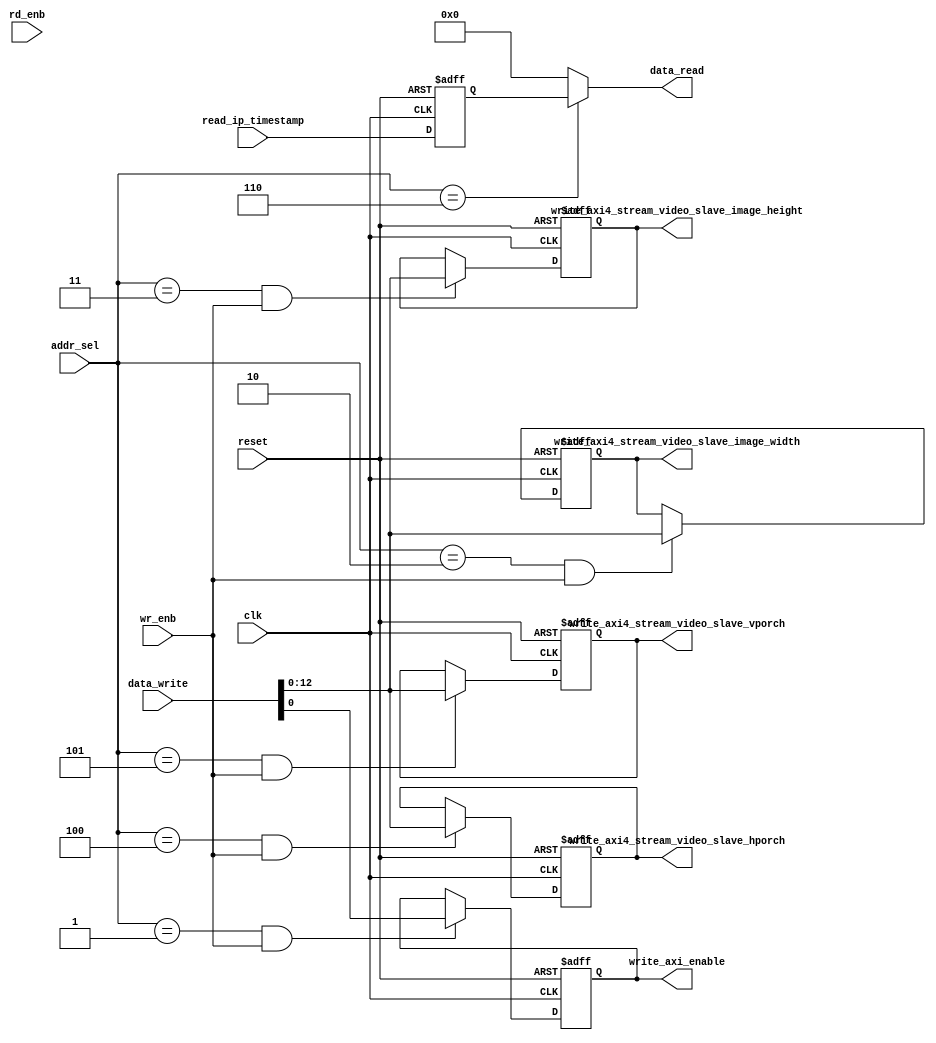
// -------------------------------------------------------------
// 
// 
// Generated by MATLAB 9.6 and HDL Coder 3.14
// 
// -------------------------------------------------------------


// -------------------------------------------------------------
// 
// Module: BirdEyeViewImproved_ip_addr_decoder
// Source Path: BirdEyeViewImproved_ip/BirdEyeViewImproved_ip_axi_lite/BirdEyeViewImproved_ip_addr_decoder
// Hierarchy Level: 2
// 
// -------------------------------------------------------------

`timescale 1 ns / 1 ns

module BirdEyeViewImproved_ip_addr_decoder
          (clk,
           reset,
           data_write,
           addr_sel,
           wr_enb,
           rd_enb,
           read_ip_timestamp,
           data_read,
           write_axi_enable,
           write_axi4_stream_video_slave_image_width,
           write_axi4_stream_video_slave_image_height,
           write_axi4_stream_video_slave_hporch,
           write_axi4_stream_video_slave_vporch);


  input   clk;
  input   reset;
  input   [31:0] data_write;  // ufix32
  input   [13:0] addr_sel;  // ufix14
  input   wr_enb;  // ufix1
  input   rd_enb;  // ufix1
  input   [31:0] read_ip_timestamp;  // ufix32
  output  [31:0] data_read;  // ufix32
  output  write_axi_enable;  // ufix1
  output  [12:0] write_axi4_stream_video_slave_image_width;  // ufix13
  output  [12:0] write_axi4_stream_video_slave_image_height;  // ufix13
  output  [12:0] write_axi4_stream_video_slave_hporch;  // ufix13
  output  [12:0] write_axi4_stream_video_slave_vporch;  // ufix13


  wire enb;
  wire decode_sel_ip_timestamp;  // ufix1
  wire const_1;  // ufix1
  wire [31:0] const_0;  // ufix32
  reg [31:0] read_reg_ip_timestamp;  // ufix32
  wire [31:0] decode_rd_ip_timestamp;  // ufix32
  wire decode_sel_axi_enable;  // ufix1
  wire reg_enb_axi_enable;  // ufix1
  wire data_in_axi_enable;  // ufix1
  reg  write_reg_axi_enable;  // ufix1
  wire decode_sel_axi4_stream_video_slave_image_width;  // ufix1
  wire reg_enb_axi4_stream_video_slave_image_width;  // ufix1
  wire [12:0] data_in_axi4_stream_video_slave_image_width;  // ufix13
  reg [12:0] write_reg_axi4_stream_video_slave_image_width;  // ufix13
  wire decode_sel_axi4_stream_video_slave_image_height;  // ufix1
  wire reg_enb_axi4_stream_video_slave_image_height;  // ufix1
  wire [12:0] data_in_axi4_stream_video_slave_image_height;  // ufix13
  reg [12:0] write_reg_axi4_stream_video_slave_image_height;  // ufix13
  wire decode_sel_axi4_stream_video_slave_hporch;  // ufix1
  wire reg_enb_axi4_stream_video_slave_hporch;  // ufix1
  wire [12:0] data_in_axi4_stream_video_slave_hporch;  // ufix13
  reg [12:0] write_reg_axi4_stream_video_slave_hporch;  // ufix13
  wire decode_sel_axi4_stream_video_slave_vporch;  // ufix1
  wire reg_enb_axi4_stream_video_slave_vporch;  // ufix1
  wire [12:0] data_in_axi4_stream_video_slave_vporch;  // ufix13
  reg [12:0] write_reg_axi4_stream_video_slave_vporch;  // ufix13


  assign decode_sel_ip_timestamp = addr_sel == 14'b00000000000110;



  assign const_1 = 1'b1;



  assign enb = const_1;

  assign const_0 = 32'b00000000000000000000000000000000;



  always @(posedge clk or posedge reset)
    begin : reg_ip_timestamp_process
      if (reset == 1'b1) begin
        read_reg_ip_timestamp <= 32'b00000000000000000000000000000000;
      end
      else begin
        if (enb) begin
          read_reg_ip_timestamp <= read_ip_timestamp;
        end
      end
    end



  assign decode_rd_ip_timestamp = (decode_sel_ip_timestamp == 1'b0 ? const_0 :
              read_reg_ip_timestamp);



  assign data_read = decode_rd_ip_timestamp;

  assign decode_sel_axi_enable = addr_sel == 14'b00000000000001;



  assign reg_enb_axi_enable = decode_sel_axi_enable & wr_enb;



  assign data_in_axi_enable = data_write[0];



  always @(posedge clk or posedge reset)
    begin : reg_axi_enable_process
      if (reset == 1'b1) begin
        write_reg_axi_enable <= 1'b1;
      end
      else begin
        if (enb && reg_enb_axi_enable) begin
          write_reg_axi_enable <= data_in_axi_enable;
        end
      end
    end



  assign write_axi_enable = write_reg_axi_enable;

  assign decode_sel_axi4_stream_video_slave_image_width = addr_sel == 14'b00000000000010;



  assign reg_enb_axi4_stream_video_slave_image_width = decode_sel_axi4_stream_video_slave_image_width & wr_enb;



  assign data_in_axi4_stream_video_slave_image_width = data_write[12:0];



  always @(posedge clk or posedge reset)
    begin : reg_axi4_stream_video_slave_image_width_process
      if (reset == 1'b1) begin
        write_reg_axi4_stream_video_slave_image_width <= 13'b0011110000000;
      end
      else begin
        if (enb && reg_enb_axi4_stream_video_slave_image_width) begin
          write_reg_axi4_stream_video_slave_image_width <= data_in_axi4_stream_video_slave_image_width;
        end
      end
    end



  assign write_axi4_stream_video_slave_image_width = write_reg_axi4_stream_video_slave_image_width;

  assign decode_sel_axi4_stream_video_slave_image_height = addr_sel == 14'b00000000000011;



  assign reg_enb_axi4_stream_video_slave_image_height = decode_sel_axi4_stream_video_slave_image_height & wr_enb;



  assign data_in_axi4_stream_video_slave_image_height = data_write[12:0];



  always @(posedge clk or posedge reset)
    begin : reg_axi4_stream_video_slave_image_height_process
      if (reset == 1'b1) begin
        write_reg_axi4_stream_video_slave_image_height <= 13'b0010000111000;
      end
      else begin
        if (enb && reg_enb_axi4_stream_video_slave_image_height) begin
          write_reg_axi4_stream_video_slave_image_height <= data_in_axi4_stream_video_slave_image_height;
        end
      end
    end



  assign write_axi4_stream_video_slave_image_height = write_reg_axi4_stream_video_slave_image_height;

  assign decode_sel_axi4_stream_video_slave_hporch = addr_sel == 14'b00000000000100;



  assign reg_enb_axi4_stream_video_slave_hporch = decode_sel_axi4_stream_video_slave_hporch & wr_enb;



  assign data_in_axi4_stream_video_slave_hporch = data_write[12:0];



  always @(posedge clk or posedge reset)
    begin : reg_axi4_stream_video_slave_hporch_process
      if (reset == 1'b1) begin
        write_reg_axi4_stream_video_slave_hporch <= 13'b0000100011000;
      end
      else begin
        if (enb && reg_enb_axi4_stream_video_slave_hporch) begin
          write_reg_axi4_stream_video_slave_hporch <= data_in_axi4_stream_video_slave_hporch;
        end
      end
    end



  assign write_axi4_stream_video_slave_hporch = write_reg_axi4_stream_video_slave_hporch;

  assign decode_sel_axi4_stream_video_slave_vporch = addr_sel == 14'b00000000000101;



  assign reg_enb_axi4_stream_video_slave_vporch = decode_sel_axi4_stream_video_slave_vporch & wr_enb;



  assign data_in_axi4_stream_video_slave_vporch = data_write[12:0];



  always @(posedge clk or posedge reset)
    begin : reg_axi4_stream_video_slave_vporch_process
      if (reset == 1'b1) begin
        write_reg_axi4_stream_video_slave_vporch <= 13'b0000000101101;
      end
      else begin
        if (enb && reg_enb_axi4_stream_video_slave_vporch) begin
          write_reg_axi4_stream_video_slave_vporch <= data_in_axi4_stream_video_slave_vporch;
        end
      end
    end



  assign write_axi4_stream_video_slave_vporch = write_reg_axi4_stream_video_slave_vporch;

endmodule  // BirdEyeViewImproved_ip_addr_decoder